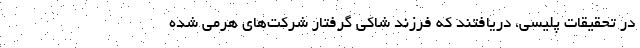
در تحقیقات پلیسی، دریافتند که فرزند شاکی گرفتار شرکت‌های هرمی شده